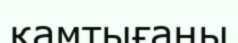
қамтығаны